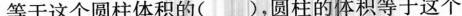
等于这个圆柱体积的()，圆柱的体积等于这个